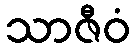
သာဇီဝံ